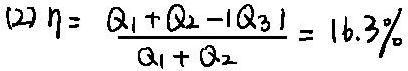
$(2) \eta=\frac{Q_{1}+Q_{2}-\left|Q_{3}\right|}{Q_{1}+Q_{2}}=16.3 \%$